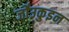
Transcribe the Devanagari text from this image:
जो॑उकुइन